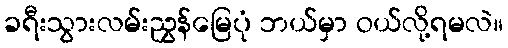
ခရီးသွားလမ်းညွှန်မြေပုံ ဘယ်မှာ ဝယ်လို့ရမလဲ။